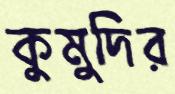
কুমুদির